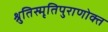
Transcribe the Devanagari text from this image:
श्रुतिस्मृतिपुराणोक्त